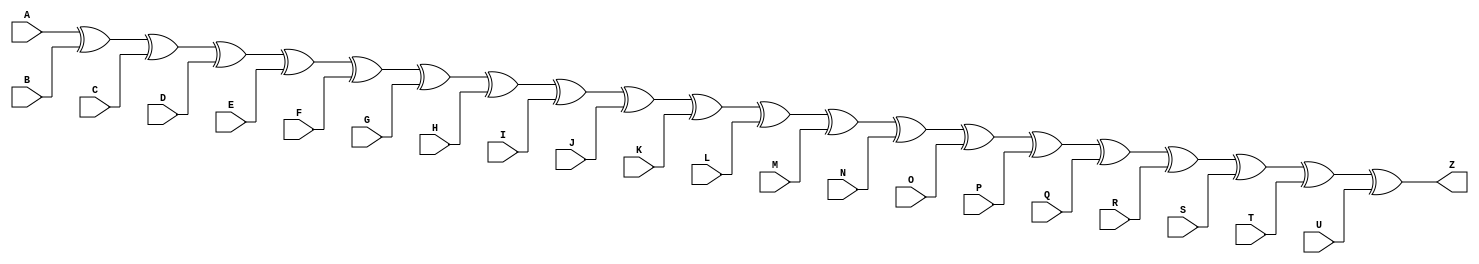
// --------------------------------------------------------------------
// >>>>>>>>>>>>>>>>>>>>>>>>> COPYRIGHT NOTICE <<<<<<<<<<<<<<<<<<<<<<<<<
// --------------------------------------------------------------------
// Copyright (c) 2005 by Lattice Semiconductor Corporation
// --------------------------------------------------------------------
//
//
//                     Lattice Semiconductor Corporation
//                     5555 NE Moore Court
//                     Hillsboro, OR 97214
//                     U.S.A.
//
//                     TEL: 1-800-Lattice  (USA and Canada)
//                          1-408-826-6000 (other locations)
//
//                     web: http://www.latticesemi.com/
//
// --------------------------------------------------------------------
//
// Simulation Library File for SC
//
// $Header: /home/dmsys/pvcs/RCSMigTest/rcs/verilog/pkg/versclibs/data/orca5/RCS/XOR21.v,v 1.3 2005/05/19 19:07:06 pradeep Exp $ 
//
`resetall
`timescale 1 ns / 1 ps

`celldefine

module XOR21 (
    A, B, C, D, E, F, G, 
    H, I, J, K, L, M, N, 
    O, P, Q, R, S, T, U,
    Z);
  input  A, B, C, D, E, F, G;
  input  H, I, J, K, L, M, N;
  input  O, P, Q, R, S, T, U; 
  output Z;

  xor (Z, 
    A, B, C, D, E, F, G, 
    H, I, J, K, L, M, N, 
    O, P, Q, R, S, T, U);


endmodule 

`endcelldefine